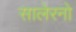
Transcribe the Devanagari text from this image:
सालेरनो